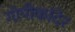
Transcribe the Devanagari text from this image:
गोपीकांदेर